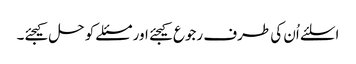
اسلئے اُن کی طرف رجوع کیجئے اور مسئلے کو حل کیجئے۔